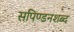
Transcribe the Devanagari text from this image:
सपिण्डनशब्द